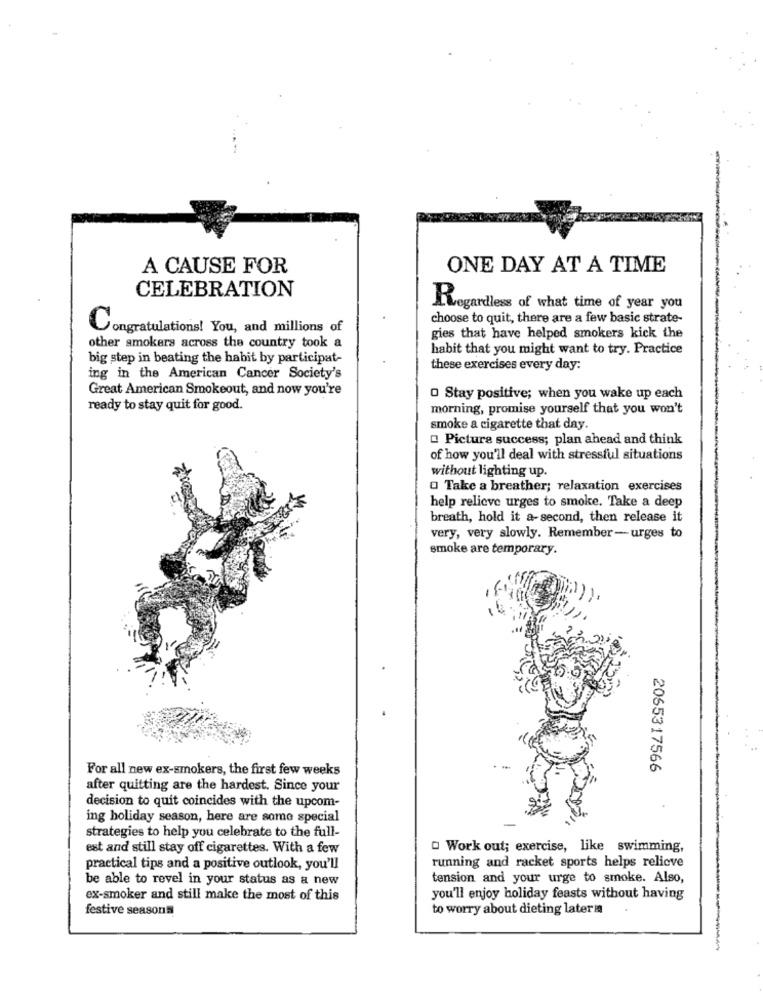
A CAUSE FOR
ONE DAY AT A TIME
CELEBRATION
Regardless of what time of year you
choose to quit, there are a few basic strate-
Congratulations! You, and millions of
gies that have helped smokers kick the
other smokers across the country took a
habit that you might want to try. Practice
big step in beating the habit by participat-
these exercises every day:
ing in the American Cancer Society's
Great American Smokeout, and now you're
O Stay positive; when you wake up each
ready to stay quit for good.
morning, promise yourself that you won't
smoke a cigarette that day.
Picture success; plan ahead and think
of how you'll deal with stressful situations
without lighting up.
O Take a breather; relaxation exercises
help relieve urges to smoke. Take a deep
breath, hold it a-second, then release it
very, very slowly. Remember-urges to
smoke are temporary.
For all new ex-smokers, the first few weeks
2065317566
after quitting are the hardest. Since your
decision to quit coincides with the upcom-
ing holiday season, here are some special
strategies to help you celebrate to the full-
est and still stay off cigarettes. With a few
Work out; exercise, like swimming,
practical tips and a positive outlook, you'll
running and racket sports helps relicve
be able to revel in your status as a new
tension and your urge to smoke. Also,
ex-smoker and still make the most of this
you'll enjoy holiday feasts without having
festive seasons
to worry about dieting laterm